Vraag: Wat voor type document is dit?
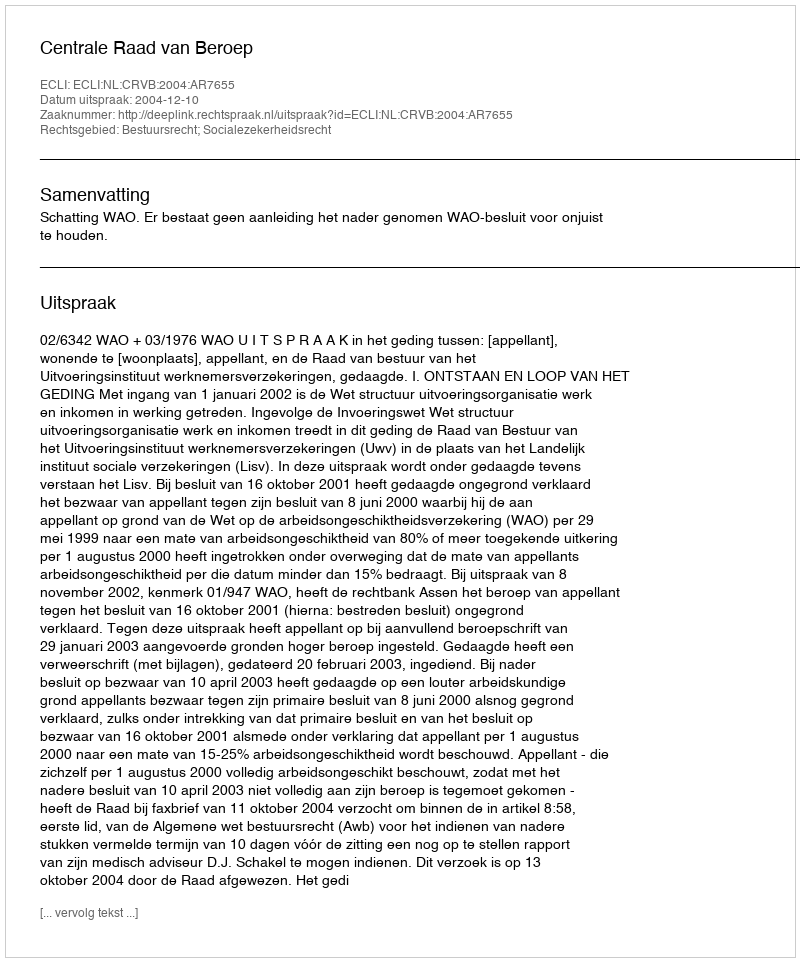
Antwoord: Uitspraak